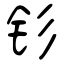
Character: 钐